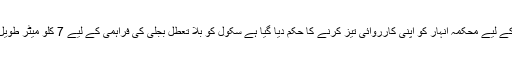
دانش سکول کو نہری پانی کی فراہمی کے لیے نئے موگے کی تنصیب کے لیے محکمہ انہار کو اپنی کارروائی تیز کرنے کا حکم دیا گیا ہے سکول کو بلا تعطل بجلی کی فراہمی کے لیے 7 کلو میٹر طویل خصو صی ٹرانسمیشن لائن جہانیاں گرڈ سٹیشن سے فراہم کی جائے گی۔